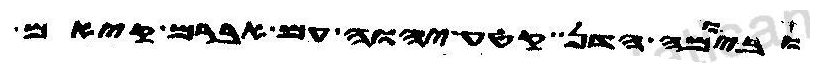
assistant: ביומה הדן קטע יהוה עם אברם קיאם